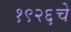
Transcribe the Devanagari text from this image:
१९२६चे